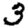
Digit: 3